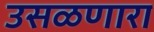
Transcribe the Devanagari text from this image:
उसळणारा